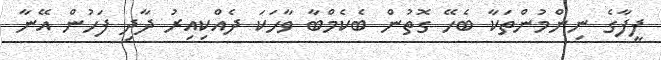
ފީފާގެ ނިންމުންތަކާ ބެހޭ ގޮތުން ބެކެމްބާ ވާހަކަ ދެއްކިއިރު ދާދި ފަހުން އޭނާ